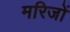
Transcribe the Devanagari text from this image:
मरिजों